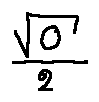
\frac { \sqrt { 0 } } { 2 }